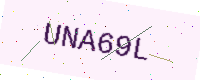
Text: UNA69L